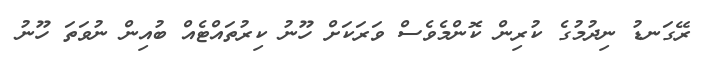
ރޭގަނޑު ނިދުމުގެ ކުރިން ކޮންމެެވެސް ވަރަކަށް ހޫނު ކިރުތައްޓެއް ބުއިން ނުވަތަ ހޫނު